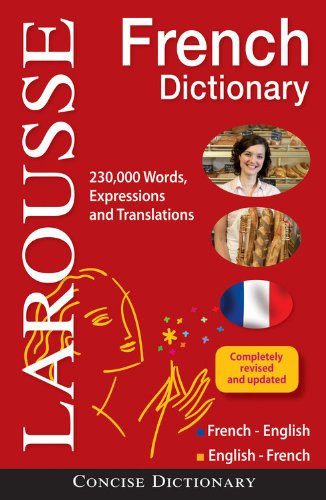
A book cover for Larousse Concise French-English/English-French Dictionary (English and French Edition); Larousse; Reference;